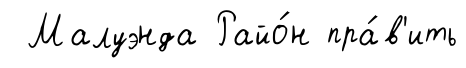
Малуэнда Райо́н пра́в'ить